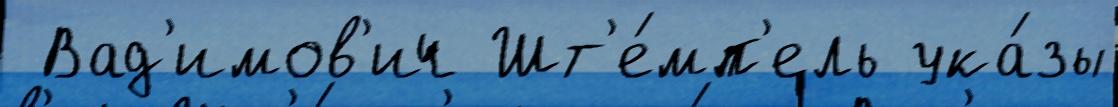
 Вад'имов'ич Шт'е́мп'ель ука́зы